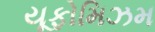
યૂફોમિઝમ